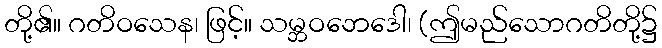
တို့၏။ ဂတိဝသေန၊ ဖြင့်။ သမ္ဘဝဘေဒေါ၊ (ဤမည်သောဂတိတို့၌